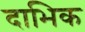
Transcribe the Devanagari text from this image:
दाभिक